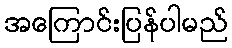
အကြောင်းပြန်ပါမည်